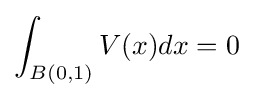
\int _{B(0,1)}V(x)dx=0